Lunatic asylums in Bengal annual reports 1912-1924 - 1912-1924
Year: 1912
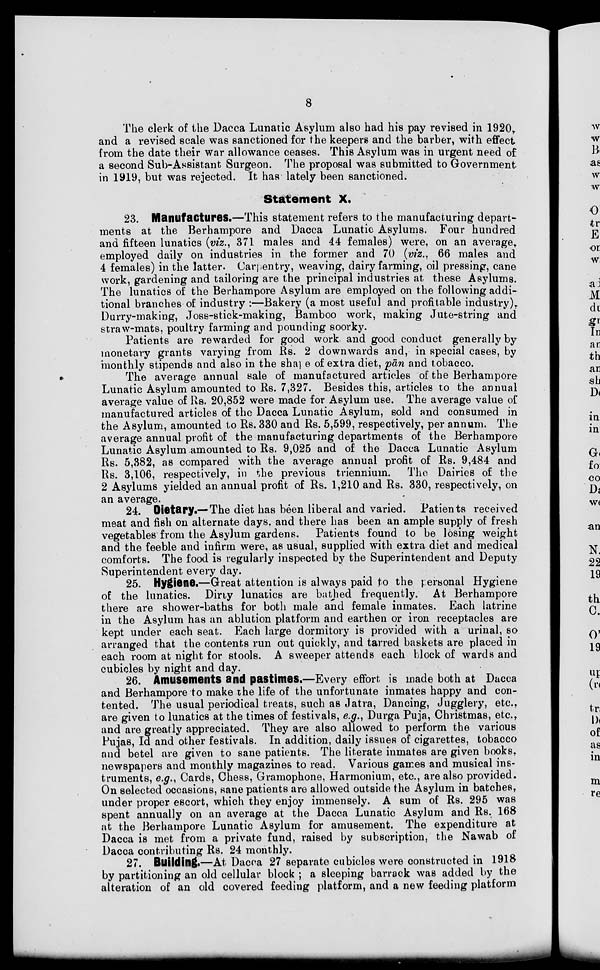
8
The clerk of the Dacca Lunatic Asylum also had his pay revised in 1920,
and a revised scale was sanctioned for the keepers and the barber, with effect
from the date their war allowance ceases. This Asylum was in urgent need of
a second Sub-Assistant Surgeon. The proposal was submitted to Government
in 1919, but was rejected. It has lately been sanctioned.
Statement X.
23. Manufactures.—This statement refers to the manufacturing depart
ments at the Berhampore and Dacca Lunatic Asylums. Four hundred
and fifteen lunatics (viz., 37 males and 44 females) were, on an average,
employed daily on industries in the former and 70 (viz., 66 males and
4 females) in the latter. Carpentry, weaving, dairy farming, oil pressing, cane
work, gardening and tailoring are the principal industries at these Asylums.
The lunatics of the Berhampore Asylum are employed on the following addi
tional branches of industry :—Bakery (a most useful and profitable industry),
Durry-making, Joss-stick-making, Bamboo work, making Jute-string and
straw-mats, poultry farming and pounding soorky.
Patients are rewarded for good work and good conduct generally by
monetary grants varying from Rs. 2 downwards and, in special cases, by
monthly stipends and also in the shape of extra diet, pān and tobacco.
The average annual sale of manufactured articles of the Berhampore
Lunatic Asylum amounted to Rs. 7,327. Besides this, articles to the annual
average value of Rs. 20,852 were made for Asylum use. The average value of
manufactured articles of the Dacca Lunatic Asylum, sold and consumed in
the Asylum, amounted to Rs. 330 and Rs. 5,599, respectively, per annum. The
average annual profit of the manufacturing departments of the Berhampore
Lunatic Asylum amounted to Rs. 9,025 and of the Dacca Lunatic Asylum
Rs. 5,382, as compared with the average annual profit of Rs. 9,484 and
Rs. 3,106, respectively, in the previous triennium. The Dairies of the
2 Asylums yielded an annual profit of Rs. 1,210 and Rs. 330, respectively, on
an average.
24. Dietary.— The diet has been liberal and varied. Patients received
meat and fish on alternate days, and there has been an ample supply of fresh
vegetables from the Asylum gardens. Patients found to be losing weight
and the feeble and infirm were, as usual, supplied with extra diet and medical
comforts. The food is regularly inspected by the Superintendent and Deputy
Superintendent every day.
25. Hygiene.—Great attention is always paid to the personal Hygiene
of the lunatics. Dirty lunatics are bathed frequently. At Berhampore
there are shower-baths for both male and female inmates. Each latrine
in the Asylum has an ablution platform and earthen or iron receptacles are
kept under each seat. Each large dormitory is provided with a urinal, so
arranged that the contents run out quickly, and tarred baskets are placed in
each room at night for stools. A sweeper attends each block of wards and
cubicles by night and day.
26. Amusements and pastimes.—Every effort is made both at Dacca
and Berhampore to make the life of the unfortunate inmates happy and con
tented. The usual periodical treats, such as Jatra, Dancing, Jugglery, etc.,
are given to lunatics at the times of festivals, e.g., Durga Puja, Christmas, etc.,
and are greatly appreciated. They are also allowed to perform the various
Pujas, Id and other festivals. In addition, daily issues of cigarettes, tobacco
and betel are given to sane patients. The literate inmates are given books,
newspapers and monthly magazines to read. Various games and musical ins
truments, e.g., Cards, Chess, Gramophone, Harmonium, etc., are also provided.
On selected occasions, sane patients are allowed outside the Asylum in batches,
under proper escort, which they enjoy immensely. A sum of Rs. 295 was
spent annually on an average at the Dacca Lunatic Asylum and Rs. 168
at the Berhampore Lunatic Asylum for amusement. The expenditure at
Dacca is met from a private fund, raised by subscription, the Nawab of
Dacca contributing Rs. 24 monthly.
27. Building.—At Dacca 27 separate cubicles were constructed in 1918
by partitioning an old cellular block ; a sleeping barrack was added by the
alteration of an old covered feeding platform, and a new feeding platform